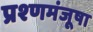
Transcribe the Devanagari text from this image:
प्रश्णमंजूषा